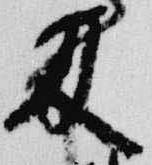
及